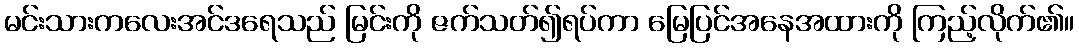
မင်းသားကလေးအင်ဒရေသည် မြင်းကို ဇက်သတ်၍ရပ်ကာ မြေပြင်အနေအထားကို ကြည့်လိုက်၏။